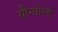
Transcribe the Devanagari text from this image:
ग्रीन्वोर्ल्ड